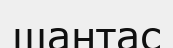
шаңтас